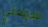
سمعتي